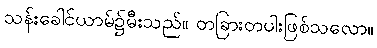
သန်းခေါင်ယာမ်၌မီးသည်။ တခြားတပါးဖြစ်သလော။